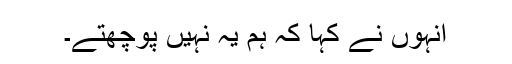
انہوں نے کہا کہ ہم یہ نہیں پوچھتے۔